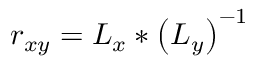
r _ { x y } = L _ { x } * \left( L _ { y } \right) ^ { - 1 }